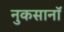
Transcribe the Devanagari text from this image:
नुकसानॉ